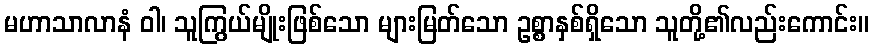
မဟာသာလာနံ ဝါ၊ သူကြွယ်မျိုးဖြစ်သော များမြတ်သော ဥစ္စာနှစ်ရှိသော သူတို့၏လည်းကောင်း။